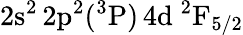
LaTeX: \mathrm{2s^{2}\, 2p^{2}(^{3}P)\, 4d~^{2}F_{5/2}}